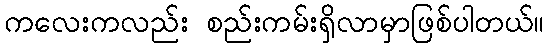
ကလေးကလည်း စည်းကမ်းရှိလာမှာဖြစ်ပါတယ်။